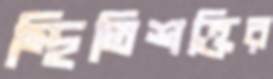
স্থিতিশক্তির